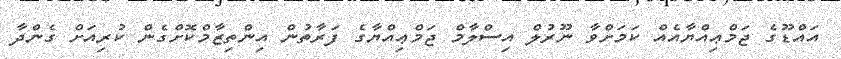
އައްޑޫގެ ޖަމްޢިއްޔާއެއް ކަމަށްވާ ނޫރުލް އިސްލާމް ޖަމްޢިއްޔާގެ ފަރާތުން އިންތިޒާމްކޮށްގެން ކުރިއަށް ގެންދާ